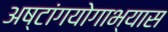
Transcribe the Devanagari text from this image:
अष्टांगयोगाभ्यास